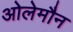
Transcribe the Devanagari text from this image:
ओलेमौन